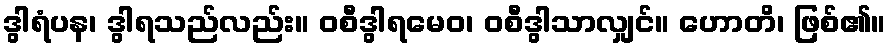
ဒွါရံပန၊ ဒွါရသည်လည်း။ ဝစီဒွါရမေဝ၊ ဝစီဒွါသာလျှင်။ ဟောတိ၊ ဖြစ်၏။